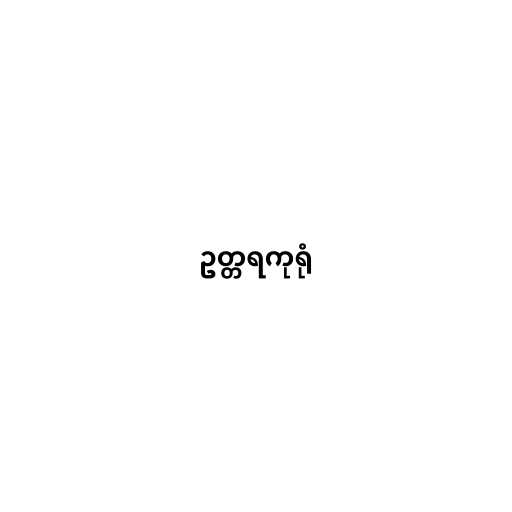
ဥတ္တရကုရုံ